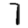
Digit: 7